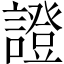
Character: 證